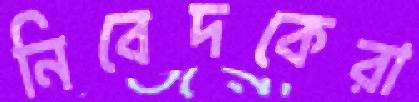
নিবেদকেরা